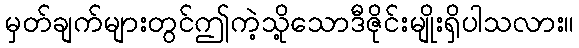
မှတ်ချက်များတွင်ဤကဲ့သို့သောဒီဇိုင်းမျိုးရှိပါသလား။